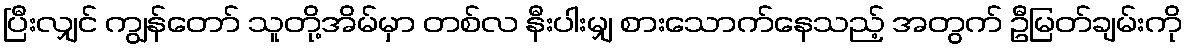
ပြီးလျှင် ကျွန်တော် သူတို့အိမ်မှာ တစ်လ နီးပါးမျှ စားသောက်နေသည့် အတွက် ဦမြတ်ချမ်းကို